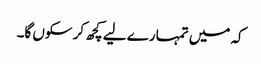
کہ میں تمہارے لیے کچھ کر سکوں گا۔